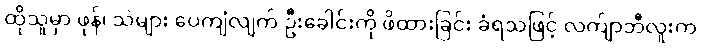
ထိုသူမှာ ဖုန်၊ သဲများ ပေကျံလျက် ဦးခေါင်းကို ဖိထားခြင်း ခံရသဖြင့် လက်ျာဘီလူးက